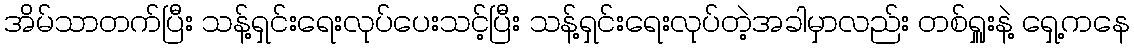
အိမ်သာတက်ပြီး သန့်ရှင်းရေးလုပ်ပေးသင့်ပြီး သန့်ရှင်းရေးလုပ်တဲ့အခါမှာလည်း တစ်ရှူးနဲ့ ရှေ့ကနေ